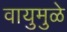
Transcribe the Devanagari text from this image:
वायुमुळे